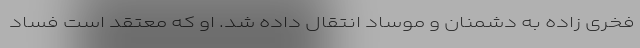
فخری زاده به دشمنان و موساد انتقال داده شد. او که معتقد است فساد